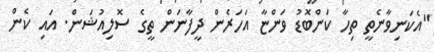
"އެކަނިވާނެތީ ތިހާ ކަންބޮޑު ވަންޏާ އަހަރެން ދީފާނަން ތީގެ ސޮލިއުޝަން. އައި ކެން